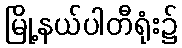
မြို့နယ်ပါတီရုံး၌